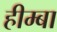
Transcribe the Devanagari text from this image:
हीम्बा